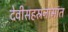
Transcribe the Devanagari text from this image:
देवीसहस्रनामांत